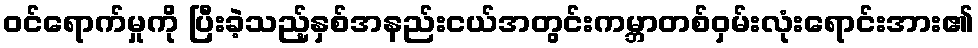
ဝင်ရောက်မှုကို ပြီးခဲ့သည့်နှစ်အနည်းငယ်အတွင်းကမ္ဘာတစ်ဝှမ်းလုံးရောင်းအား၏